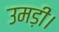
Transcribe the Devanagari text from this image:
उमड़ी।